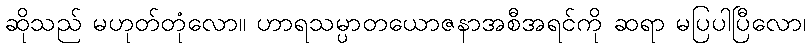
ဆိုသည် မဟုတ်တုံလော။ ဟာရသမ္ပာတယောဇနာအစီအရင်ကို ဆရာ မပြပါပြီလော၊